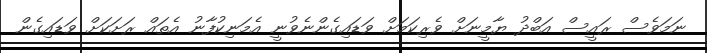
ނަމަވެސް ރައީސް އަބްދު ޔާމީނަށް ވެރިކަަމަށް ވަޑައިގެންނެވުނީ އެމަނިކުފާނު އެތައް ރަށަކަށް ވަޑައިގެން